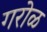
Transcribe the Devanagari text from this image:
गरोळ